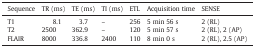
<table><thead><tr><td><b>Sequence</b></td><td><b>TR (ms)</b></td><td><b>TE (ms)</b></td><td><b>TI (ms)</b></td><td><b>ETL</b></td><td><b>Acquisition time</b></td><td><b>SENSE</b></td></tr></thead><tbody><tr><td>T1</td><td>8.1</td><td>3.7</td><td>–</td><td>256</td><td>5 min 56 s</td><td>2 (RL)</td></tr><tr><td>T2</td><td>2500</td><td>362.9</td><td>–</td><td>120</td><td>5 min 57 s</td><td>2 (RL), 2 (AP)</td></tr><tr><td>FLAIR</td><td>8000</td><td>336.8</td><td>2400</td><td>110</td><td>8 min 0 s</td><td>2 (RL), 2.5 (AP)</td></tr></tbody></table>